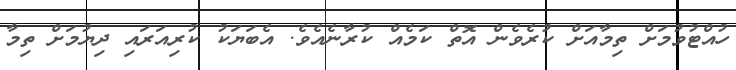
ހުއްޓުވުމަށް ތިމާއަށް ކުރެވެން އޮތް ކަމެއް ކުރާނެއެވެ. އެބަޔަކު ކުރިއަރައި ދިޔުމަށް ތިމާ